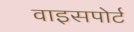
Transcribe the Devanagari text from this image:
वाइसपोर्ट